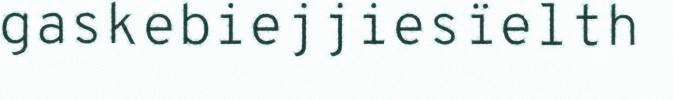
gaskebiejjiesïelth